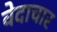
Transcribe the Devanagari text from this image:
वेदाचार